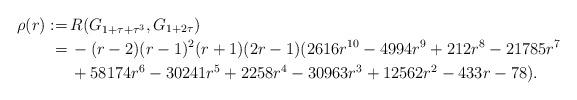
LaTeX: \begin{align*}\rho(r):=\,&R(G_{1+\tau+\tau^3},G_{1+2\tau})\cr=\,&-(r-2)(r-1)^2(r+1)(2r-1)(2616 r^{10}-4994 r^9+212 r^8-21785 r^7\cr&+58174 r^6-30241 r^5+2258 r^4-30963 r^3+12562 r^2-433 r-78 ).\end{align*}